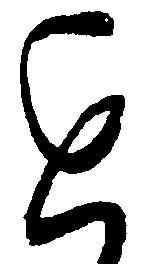
近